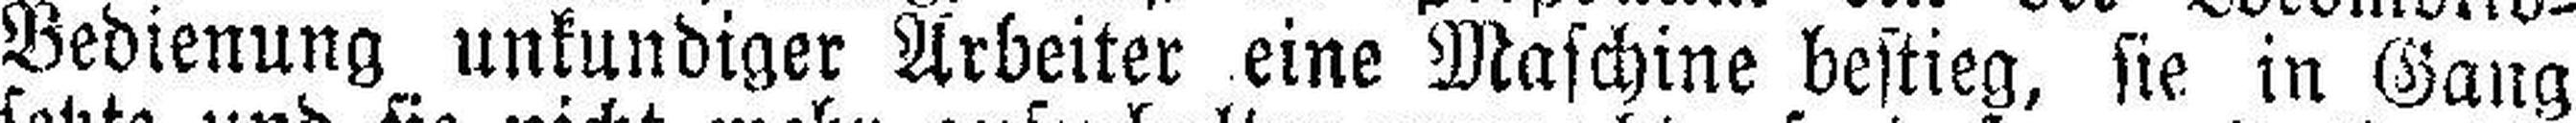
Bedienung unkundiger Arbeiter eine Maschine bestieg, sie in Gang